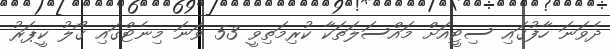
ދެވަނަ ހާފުގައި ސިޓީއަށް މައްސަލަތަކާ ކުރިމަތިވީ 53 ވަނަ މިނެޓްގައި ގޯލު ކީޕަރު